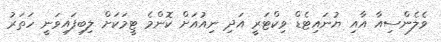
ވެލެންސިއާ އާއި ޔުނައިޓެޑް ވިކްޓަރީ އަދި ނިއުއަށް ކޮންމެ ޓީމަކަށް ލިބިފައިވަނީ ހަތަރު